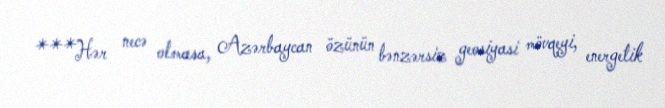
***Hər necə olmasa, Azərbaycan özünün bənzərsiz geosiyasi mövqeyi, energetik